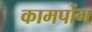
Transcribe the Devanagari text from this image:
कामपोंग